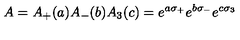
A = A _ { + } ( a ) A _ { - } ( b ) A _ { 3 } ( c ) = e ^ { a \sigma _ { + } } e ^ { b \sigma _ { - } } e ^ { c \sigma _ { 3 } }